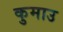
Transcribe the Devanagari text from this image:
कुमाउ